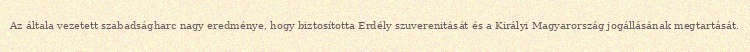
Az általa vezetett szabadságharc nagy eredménye, hogy biztosította Erdély szuverenitását és a Királyi Magyarország jogállásának megtartását.